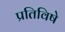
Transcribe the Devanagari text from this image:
प्रतिविषे